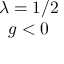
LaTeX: \begin{array} { c } { { \lambda = 1 / 2 } } \\ { { g < 0 } } \end{array}